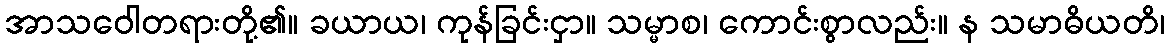
အာသဝေါတရားတို့၏။ ခယာယ၊ ကုန်ခြင်းငှာ။ သမ္မာစ၊ ကောင်းစွာလည်း။ န သမာဓိယတိ၊